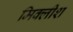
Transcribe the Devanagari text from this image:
मिक्लीश